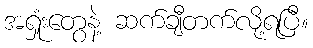
အရှုံးတွေနဲ့ ဆက်ချီတက်လို့ရပြီ။